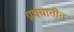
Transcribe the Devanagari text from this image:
प्रपंचातीत